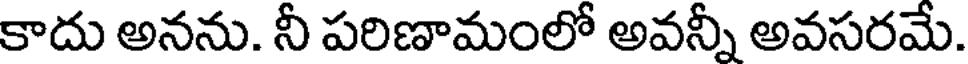
కాదు అనను. నీ పరిణామంలో అవన్నీ అవసరమే.